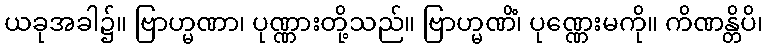
ယခုအခါ၌။ ဗြာဟ္မဏာ၊ ပုဏ္ဏားတို့သည်။ ဗြာဟ္မဏိံ၊ ပုဏ္ဏေးမကို။ ကိဏန္တိပိ၊